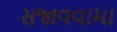
સજાવવામા